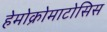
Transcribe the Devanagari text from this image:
हेमोक्रोमाटोसिस